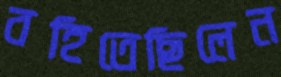
বহিতেছিলেন